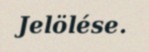
Jelölése.